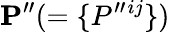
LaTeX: {\mathbf{P}}^{\prime\prime}(=\{ {P^{\prime\prime}{}^{ij}}\} )